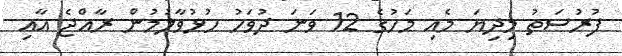
ފުރުސަތު މިދިޔަ މެއި މަހުގެ 12 ވަނަ ދުވަހު ހުޅުވާލުމުން ރާއްޖެ އާއި